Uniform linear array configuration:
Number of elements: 16
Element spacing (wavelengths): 0.5
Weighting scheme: hamming
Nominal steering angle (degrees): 45
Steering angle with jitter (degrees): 45.608
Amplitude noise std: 0.05
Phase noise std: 0.05

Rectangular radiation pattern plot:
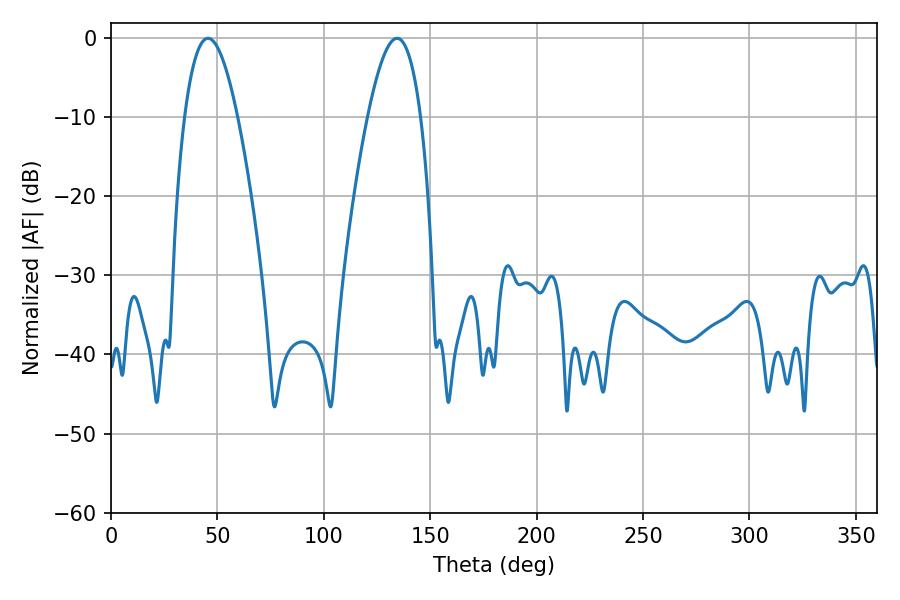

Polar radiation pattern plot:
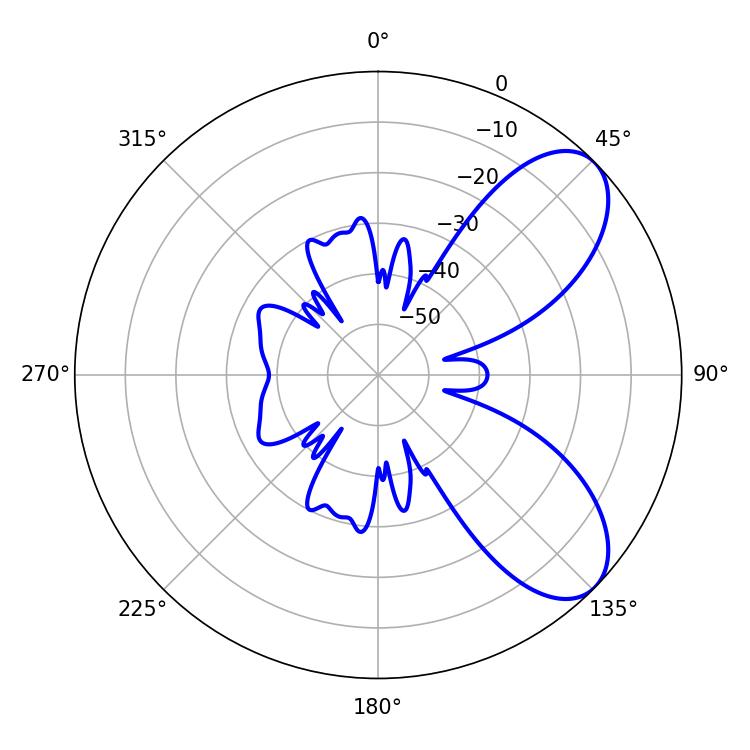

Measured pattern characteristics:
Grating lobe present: FALSE
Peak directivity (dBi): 7.343
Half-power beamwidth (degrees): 13.68
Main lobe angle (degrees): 45.54